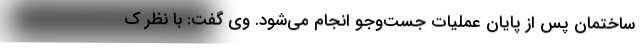
ساختمان پس از پایان عملیات جست‌وجو انجام می‌شود. وی گفت: با نظر ک